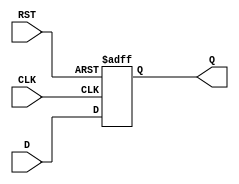
module DataRegister #(
    parameter WIDTH = 8  // Define the width of the register (number of bits)
)(
    input wire [WIDTH-1:0] D,    // Data input
    input wire CLK,               // Clock input
    input wire RST,               // Reset input
    output reg [WIDTH-1:0] Q      // Data output
);

// Asynchronous reset implementation
always @(posedge CLK or posedge RST) begin
    if (RST) begin
        Q <= {WIDTH{1'b0}};        // Clear the register (set to zero)
    end else begin
        Q <= D;                   // Capture data on clock edge
    end
end

endmodule